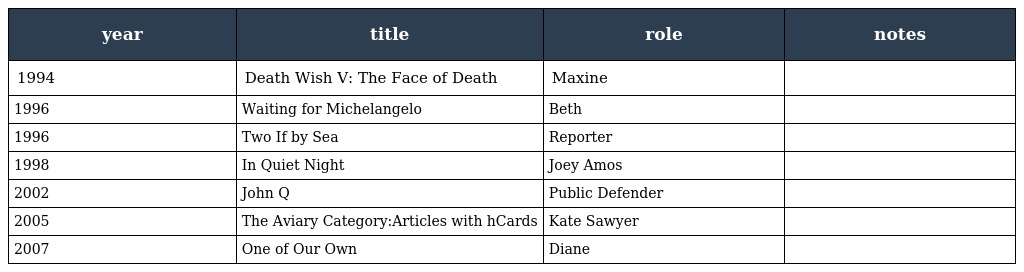
| year | title | role | notes |
 | --- | --- | --- | --- |
 | 1994 | Death Wish V: The Face of Death | Maxine |  |
 | 1996 | Waiting for Michelangelo | Beth |  |
 | 1996 | Two If by Sea | Reporter |  |
 | 1998 | In Quiet Night | Joey Amos |  |
 | 2002 | John Q | Public Defender |  |
 | 2005 | The Aviary Category:Articles with hCards | Kate Sawyer |  |
 | 2007 | One of Our Own | Diane |  |